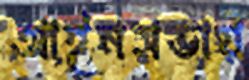
আইনসভায়